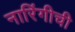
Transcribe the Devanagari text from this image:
नारिंगीची